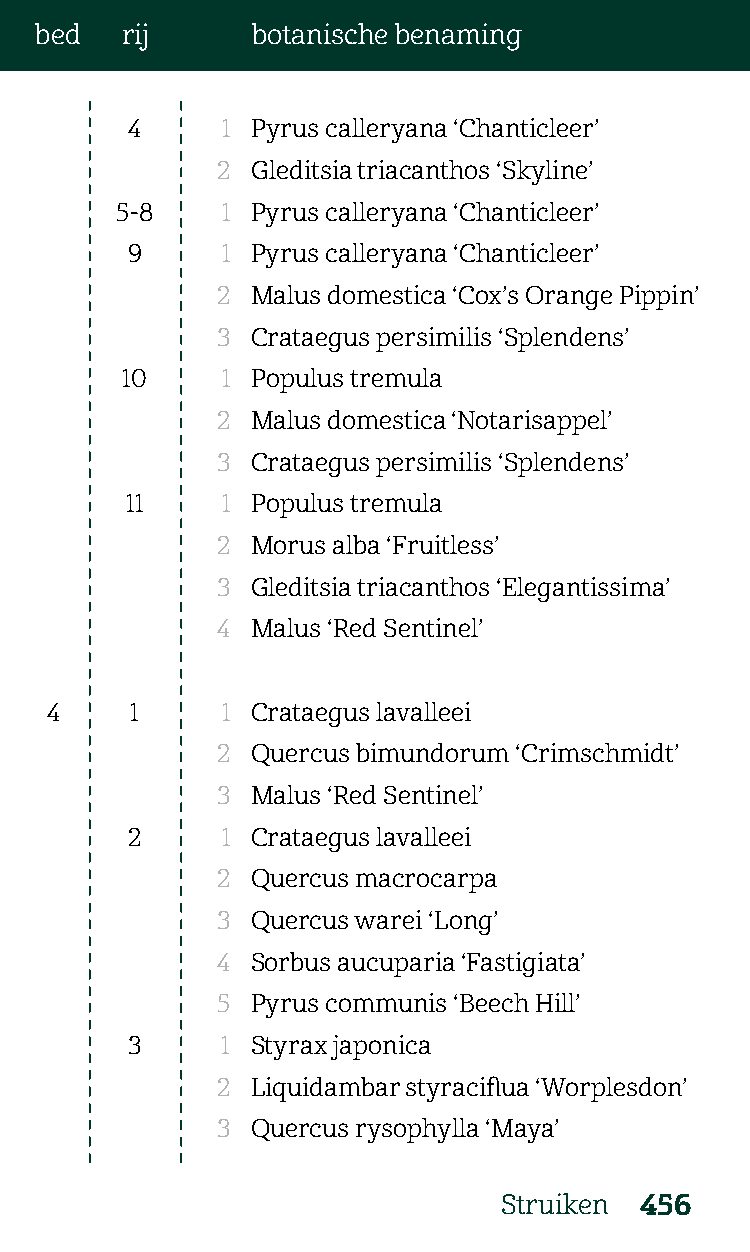
bed   rij      botanische benaming
 4      1 Pyrus calleryana ‘Chanticleer’
 2  Gleditsia triacanthos ‘Skyline’
 5-8    1 Pyrus calleryana ‘Chanticleer’
 9      1 Pyrus calleryana ‘Chanticleer’
 2  Malus domestica ‘Cox’s Orange Pippin’
 3  Crataegus persimilis ‘Splendens’
 10     1 Populus tremula
 2  Malus domestica ‘Notarisappel’
 3  Crataegus persimilis ‘Splendens’
 11     1 Populus tremula
 2  Morus alba ‘Fruitless’
 3  Gleditsia triacanthos ‘Elegantissima’
 4  Malus ‘Red Sentinel’
 4     1     1 Crataegus lavalleei
 2  Quercus bimundorum ‘Crimschmidt’
 3  Malus ‘Red Sentinel’
 2      1 Crataegus lavalleei
 2  Quercus macrocarpa
 3  Quercus warei ‘Long’
 4  Sorbus aucuparia ‘Fastigiata’
 5  Pyrus communis ‘Beech Hill’
 3      1 Styrax japonica
 2  Liquidambar styraciflua ‘Worplesdon’
 3  Quercus rysophylla ‘Maya’
 Struiken 456